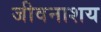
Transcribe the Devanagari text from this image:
जीवनाशय